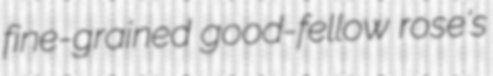
fine-grained good-fellow rose's